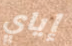
إياي